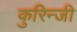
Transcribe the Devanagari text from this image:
कुरिन्‍जी